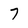
Character: 7